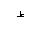
Letter: _za